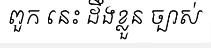
ពួក នេះ ដឹងខ្លួន ច្បាស់